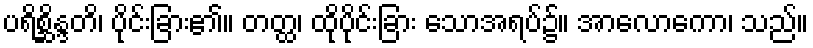
ပရိစ္ဆိန္ဒတိ၊ ပိုင်းခြား၏။ တတ္ထ၊ ထိုပိုင်းခြား သောအရပ်၌။ အာလောကော၊ သည်။